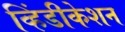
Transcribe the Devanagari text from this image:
व्हिंडीकेशन